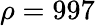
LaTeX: \rho=997